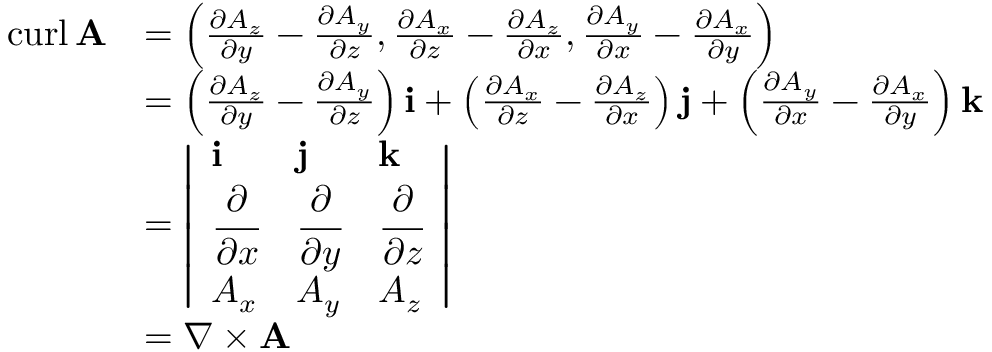
{ \begin{array} { r l } { \operatorname { c u r l } \mathbf { A } } & { = \left( { \frac { \partial A _ { z } } { \partial y } } - { \frac { \partial A _ { y } } { \partial z } } , { \frac { \partial A _ { x } } { \partial z } } - { \frac { \partial A _ { z } } { \partial x } } , { \frac { \partial A _ { y } } { \partial x } } - { \frac { \partial A _ { x } } { \partial y } } \right) } \\ & { = \left( { \frac { \partial A _ { z } } { \partial y } } - { \frac { \partial A _ { y } } { \partial z } } \right) \mathbf { i } + \left( { \frac { \partial A _ { x } } { \partial z } } - { \frac { \partial A _ { z } } { \partial x } } \right) \mathbf { j } + \left( { \frac { \partial A _ { y } } { \partial x } } - { \frac { \partial A _ { x } } { \partial y } } \right) \mathbf { k } } \\ & { = { \left| \begin{array} { l l l } { \mathbf { i } } & { \mathbf { j } } & { \mathbf { k } } \\ { { \cfrac { \partial } { \partial x } } } & { { \cfrac { \partial } { \partial y } } } & { { \cfrac { \partial } { \partial z } } } \\ { A _ { x } } & { A _ { y } } & { A _ { z } } \end{array} \right| } } \\ & { = \nabla \times \mathbf { A } } \end{array} }